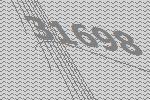
31698